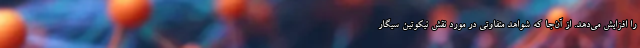
را افزایش می‌دهد. از آن‌جا که شواهد متفاوتی در مورد نقش نیکوتین سیگار